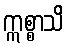
ဣစ္စာသိ